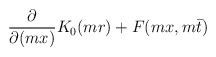
\begin{align*}\frac{\partial}{\partial (m x)} K_0(m r) +F(m x,m\bar t)\end{align*}